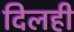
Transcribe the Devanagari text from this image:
दिलही